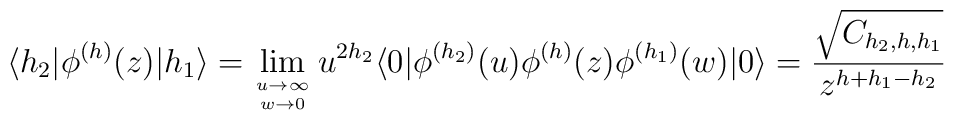
\langle h_2 | \phi^{(h)} (z) | h_1 \rangle= \lim_{\rule{0mm}{1.7mm} u \rightarrow \infty \atop w \rightarrow 0} u^{2 h_2}\langle 0| \phi^{(h_2)}(u) \phi^{(h)} (z) \phi^{(h_1)} (w) |0\rangle=  \frac{\sqrt{C_{h_2,h,h_1}}}{z^{h+h_1-h_2}}